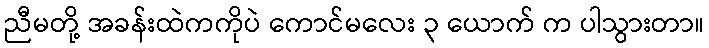
ညီမတို့ အခန်းထဲကကိုပဲ ကောင်မလေး ၃ ယောက် က ပါသွားတာ။